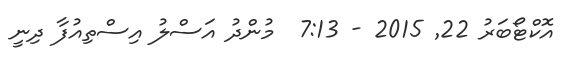
އޮކްޓޯބަރު 22